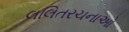
લલિતરચનાઓ